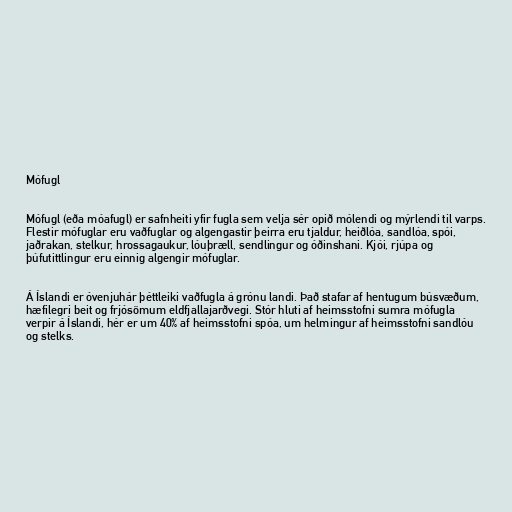
Mófugl

Mófugl (eða móafugl) er safnheiti yfir fugla sem velja sér opið mólendi og mýrlendi til varps.
Flestir mófuglar eru vaðfuglar og algengastir þeirra eru tjaldur, heiðlóa, sandlóa, spói,
jaðrakan, stelkur, hrossagaukur, lóuþræll, sendlingur og óðinshani. Kjói, rjúpa og
þúfutittlingur eru einnig algengir mófuglar.

Á Íslandi er óvenjuhár þéttleiki vaðfugla á grónu landi. Það stafar af hentugum búsvæðum,
hæfilegri beit og frjósömum eldfjallajarðvegi. Stór hluti af heimsstofni sumra mófugla
verpir á Íslandi, hér er um 40% af heimsstofni spóa, um helmingur af heimsstofni sandlóu
og stelks.